Indian Medical Review
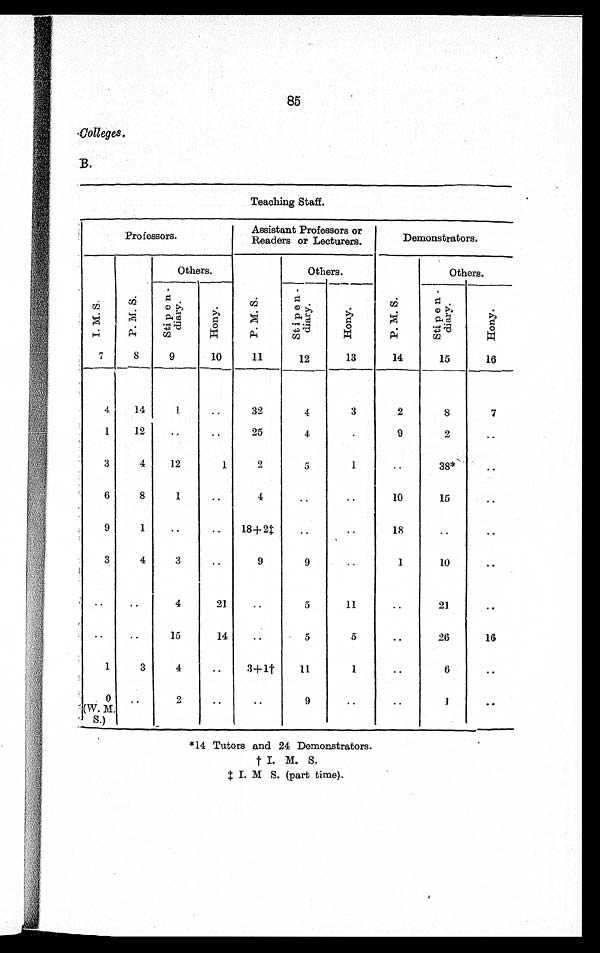
85
Colleges.
B.
Teaching Staff.
Professors.
Assistant Professors or
Readers or Lecturers.
Demonstrators.
I . M. S.
P. M. S.
Others.
P. M. S.
Others.
P. M. S.
Others.
S t i p e n d i a r y .
Hony
S t i p e n d i a r y .
Hony.
S t i p e n d i a r y .
Hony.
7
8
9
10
11
12
13
14
15
16
4
14
1
..
32
4
3
2
8
7
1
12
..
..
25
4
.
9
2
..
3
4
12
1
2
5
1
..
38*
..
6
8
1
..
4
..
..
10
15 ..
9
1
..
..
18+2‡
..
..
18
..
..
3
4
3
..
9
9
..
1
10
..
..
..
4
21
..
5
11
..
21
..
..
..
15
14
..
5
5
..
26
16
1
3
4
..
3+1†
11
1
..
6
..
0
(W. M.S.)
..
2
..
..
9
..
..
1
..
*14 Tutors and 24 Demonstrators.
†I. M. S
‡I. M S. (part time).